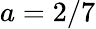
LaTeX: a=2/7